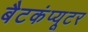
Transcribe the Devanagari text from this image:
बैटकंप्यूटर